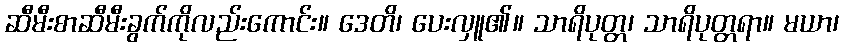
ဆီမီးစာဆီမီးခွက်ကိုလည်းကောင်း။ ဒေတိ၊ ပေးလှူ၏။ သာရိပုတ္တ၊ သာရိပုတ္တရာ။ မယာ၊